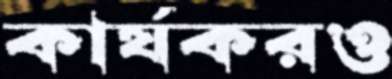
কার্যকরও